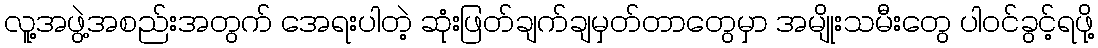
လူ့အဖွဲ့အစည်းအတွက် အေရးပါတဲ့ ဆုံးဖြတ်ချက်ချမှတ်တာတွေမှာ အမျိုးသမီးတွေ ပါဝင်ခွင့်ရဖို့